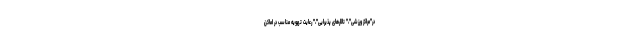
در"مراکز ورزشی"،" تالارهای پذیرایی"،" رعایت تهویه مناسب در اماکن